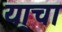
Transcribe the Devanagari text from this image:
या्चा